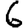
Digit: 6